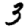
Digit: 3